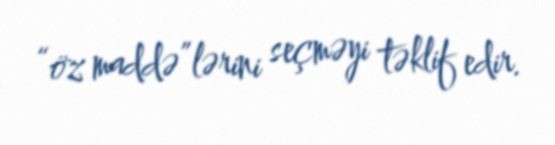
“öz maddə”lərini seçməyi təklif edir.